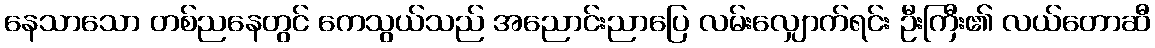
နေသာသော တစ်ညနေတွင် ကေသွယ်သည် အညောင်းညာပြေ လမ်းလျှောက်ရင်း ဦးကြီး၏ လယ်တောဆီ